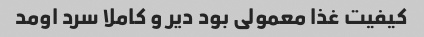
کیفیت غذا معمولی بود دیر و کاملا سرد اومد